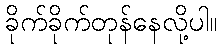
ခိုက်ခိုက်တုန်နေလို့ပါ။